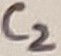
Text: C2